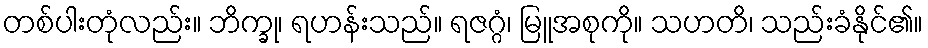
တစ်ပါးတုံလည်း။ ဘိက္ခု၊ ရဟန်းသည်။ ရဇဂ္ဂံ၊ မြူအစုကို။ သဟတိ၊ သည်းခံနိုင်၏။